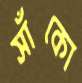
সাঁকো